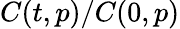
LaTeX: C(t,p)/C(0,p)